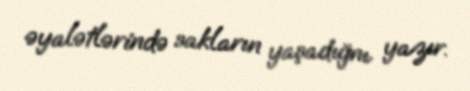
əyalətlərində sakların yaşadığnı yazır.